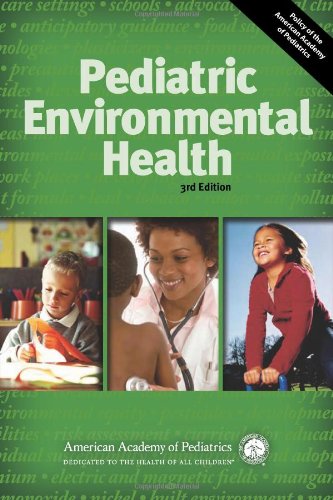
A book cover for Pediatric Environmental Health; American Academy of Pediatrics; Medical Books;